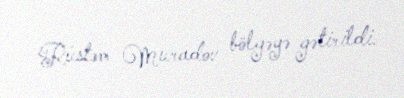
Rüstəm Muradov bölgəyə gətirildi.